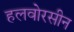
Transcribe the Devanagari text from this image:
हलवोरसीन